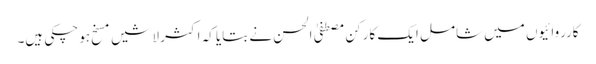
کارروائیوں میں شامل ایک کارکن مصطفیٰ الحسن نے بتایا کہ اکثر لاشیں مسخ ہو چکی ہیں۔